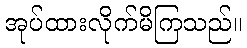
အုပ်ထားလိုက်မိကြသည်။